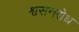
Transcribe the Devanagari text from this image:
श्वसनरोध